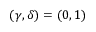
( \gamma , \delta ) = ( 0 , 1 )